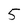
Character: 5